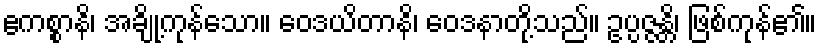
ဧကစ္စာနိ၊ အချို့ကုန်သော။ ဝေဒယိတာနိ၊ ဝေဒနာတို့သည်။ ဥပ္ပဇ္ဇန္တိ၊ ဖြစ်ကုန်၏။